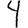
Digit: 4